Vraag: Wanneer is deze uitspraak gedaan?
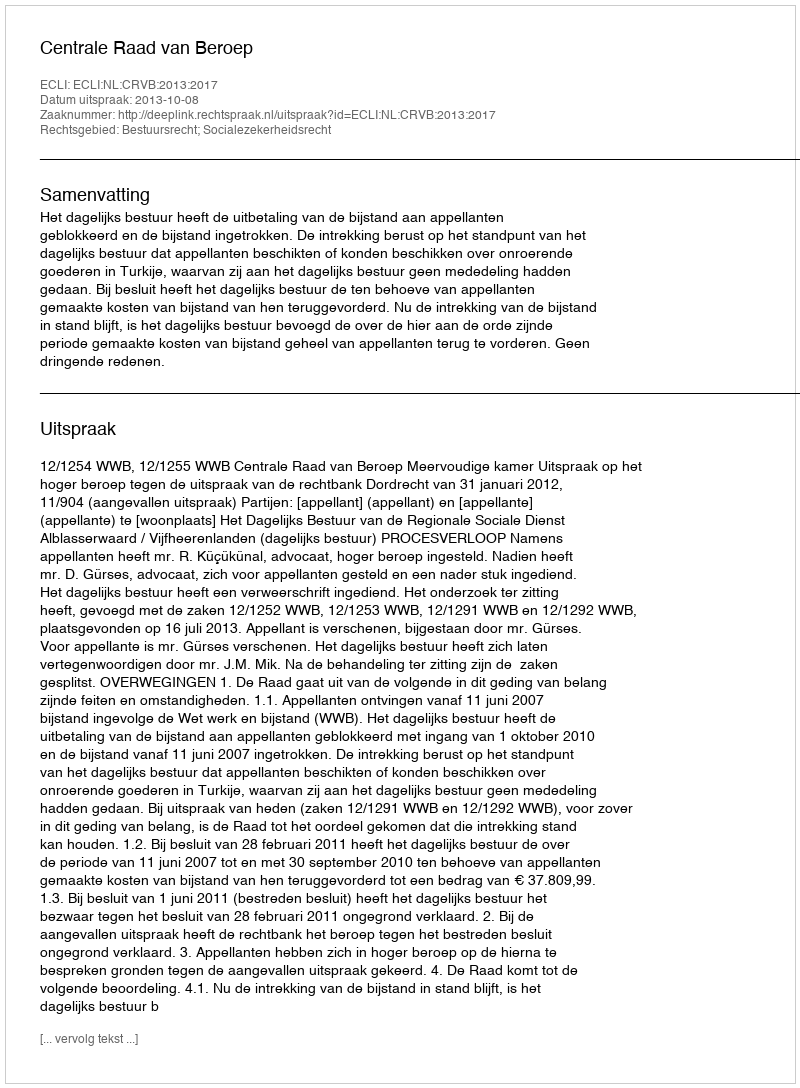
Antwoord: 2013-10-08